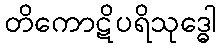
တိကောဋိပရိသုဒ္ဓေါ